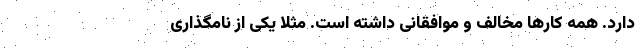
دارد. همه کار‌ها مخالف و موافقانی داشته است. مثلا یکی از نامگذاری